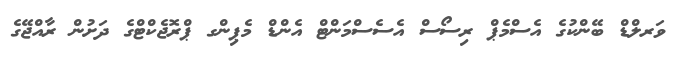
ވަރލްޑް ބޭންކުގެ އެސްމެޕް ރިސޯސް އެސެސްމަންޓް އެންޑް މެޕިންގ ޕްރޮޖެކްޓްގެ ދަށުން ރާއްޖޭގެ